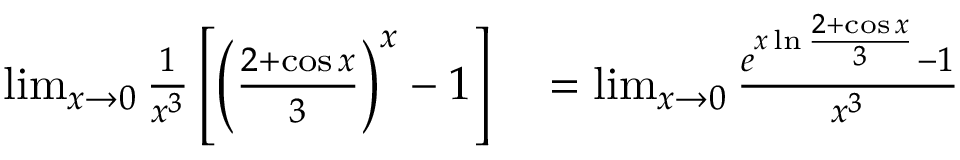
\begin{array} { r l } { \operatorname* { l i m } _ { x \to 0 } { \frac { 1 } { x ^ { 3 } } } \left[ \left( { \frac { 2 + \cos x } { 3 } } \right) ^ { x } - 1 \right] } & { { } = \operatorname* { l i m } _ { x \to 0 } { \frac { e ^ { x \ln { \frac { 2 + \cos x } { 3 } } } - 1 } { x ^ { 3 } } } } \end{array}